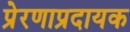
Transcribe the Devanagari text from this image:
प्रेरणाप्रदायक